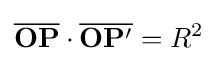
{\overline {\mathbf {OP} }}\cdot {\overline {\mathbf {OP^{\prime }} }}=R^{2}